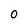
Character: O